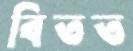
বিতত